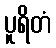
ပူရိတံ